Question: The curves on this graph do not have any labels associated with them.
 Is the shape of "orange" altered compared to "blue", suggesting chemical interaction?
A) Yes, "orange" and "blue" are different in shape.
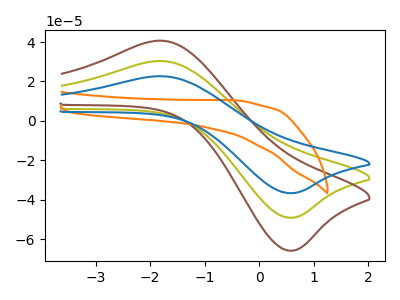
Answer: <think>The olive curve "olive" has an anodic peak at (-1.80V, 30.35uA) and a cathodic peak at (0.65V, -49.15uA). The brown curve "brown" has an anodic peak at (-1.80V, 60.70uA) and a cathodic peak at (0.65V, -98.25uA). The orange curve "orange" has no peaks. The blue curve "blue" has an anodic peak at (-1.80V, 22.65uA) and a cathodic peak at (0.65V, -36.65uA).
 "orange" and "blue" have a different number of peaks.</think>
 <answer>A) Yes, "orange" and "blue" are different in shape.</answer>
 <eval>A</eval>